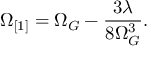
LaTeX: \Omega _ { [ 1 ] } = \Omega _ { G } - \frac { 3 \lambda } { 8 \Omega _ { G } ^ { 3 } } .